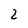
Character: 2